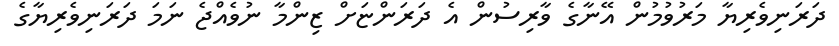
ދަރަނިވެރިޔާ މަރުވުމުން އޭނާގެ ވާރިސުން އެ ދަރަންޏަށް ޒިންމާ ނުވެއްޖެ ނަމަ ދަރަނިވެރިޔާގެ